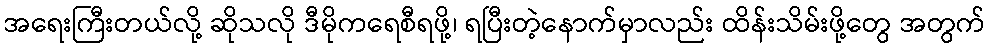
အရေးကြီးတယ်လို့ ဆိုသလို ဒီမိုကရေစီရဖို့၊ ရပြီးတဲ့နောက်မှာလည်း ထိန်းသိမ်းဖို့တွေ အတွက်